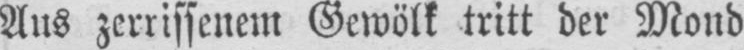
Aus zerrissenem Gewölk tritt der Mond